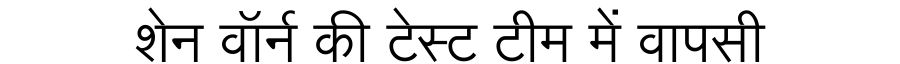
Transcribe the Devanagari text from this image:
शेन वॉर्न की टेस्ट टीम में वापसी